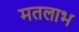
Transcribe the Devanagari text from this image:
मतलाभ